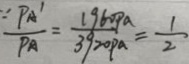
\frac { P A ^ { \prime } } { P A } = \frac { 1 9 6 0 p a } { 3 9 2 0 p a } = \frac { 1 } { 2 }